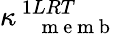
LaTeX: \kappa_{\mathrm{~\, ~\, ~m~e~m~b~}}^{\, 1LRT}